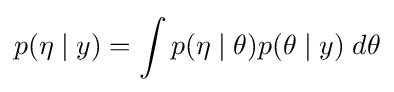
p(\eta \mid y)=\int p(\eta \mid \theta )p(\theta \mid y)\;d\theta